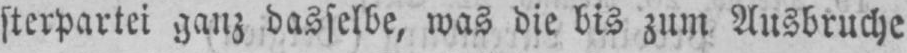
sterpartei ganz dasselbe, was die bis zum Ausbruche